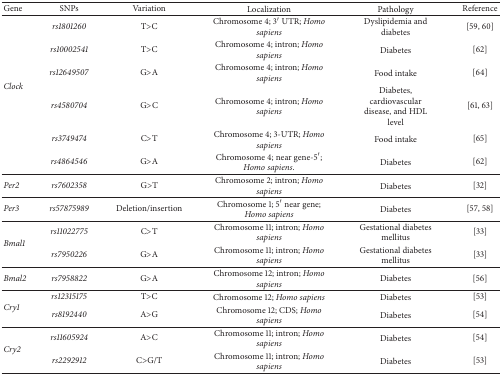
<table><thead><tr><td><b> Gene</b></td><td><b>SNPs</b></td><td><b>Variation</b></td><td><b>Localization</b></td><td><b>Pathology</b></td><td><b>Reference</b></td></tr></thead><tbody><tr><td rowspan="6"><i>Clock</i></td><td><i>rs1801260</i></td><td>T&gt;C</td><td>Chromosome 4; 3′ UTR; <i>Homo sapiens</i></td><td>Dyslipidemia and diabetes</td><td>[59, 60]</td></tr><tr><td><i>rs10002541</i></td><td>T&gt;C</td><td>Chromosome 4; intron; <i>Homo sapiens</i></td><td>Diabetes</td><td>[62]</td></tr><tr><td><i>rs12649507</i></td><td>G&gt;A</td><td>Chromosome 4; intron; <i>Homo sapiens</i></td><td>Food intake</td><td>[64]</td></tr><tr><td><i>rs4580704</i></td><td>G&gt;C</td><td>Chromosome 4; intron; <i>Homo sapiens</i></td><td>Diabetes, cardiovascular disease, and HDL level</td><td>[61, 63]</td></tr><tr><td><i>rs3749474</i></td><td>C&gt;T</td><td>Chromosome 4; 3-UTR; <i>Homo sapiens</i></td><td>Food intake</td><td>[65]</td></tr><tr><td><i>rs4864546</i></td><td>G&gt;A</td><td>Chromosome 4; near gene-5′; <i>Homo sapiens</i>.</td><td>Diabetes</td><td>[62]</td></tr><tr><td><i>Per2</i></td><td><i>rs7602358</i></td><td>G&gt;T</td><td>Chromosome 2; intron; <i>Homo sapiens</i></td><td>Diabetes</td><td> [32]</td></tr><tr><td><i>Per3</i></td><td><i>rs57875989 </i></td><td>Deletion/insertion</td><td>Chromosome 1; 5′ near gene; <i>Homo sapiens</i></td><td>Diabetes</td><td>[57, 58]</td></tr><tr><td rowspan="2"><i>Bmal1</i></td><td><i>rs11022775</i></td><td>C&gt;T</td><td>Chromosome 11; intron; <i>Homo sapiens</i></td><td>Gestational diabetes mellitus</td><td>[33]</td></tr><tr><td><i>rs7950226</i></td><td>G&gt;A</td><td>Chromosome 11; intron; <i>Homo sapiens</i></td><td>Gestational diabetes mellitus</td><td>[33]</td></tr><tr><td><i>Bmal2</i></td><td><i>rs7958822</i></td><td>G&gt;A</td><td>Chromosome 12; intron; <i>Homo sapiens</i></td><td>Diabetes</td><td>[56]</td></tr><tr><td rowspan="2"><i>Cry1</i></td><td><i>rs12315175</i></td><td>T&gt;C</td><td>Chromosome 12; <i>Homo sapiens</i></td><td>Diabetes</td><td>[53]</td></tr><tr><td><i>rs8192440</i></td><td>A&gt;G</td><td>Chromosome 12; CDS; <i>Homo sapiens</i></td><td>Diabetes</td><td>[54]</td></tr><tr><td rowspan="2"><i>Cry2</i></td><td><i>rs11605924</i></td><td>A&gt;C</td><td>Chromosome 11; intron; <i>Homo sapiens</i></td><td>Diabetes</td><td>[54]</td></tr><tr><td><i>rs2292912</i></td><td>C&gt;G/T</td><td>Chromosome 11; intron; <i>Homo sapiens</i></td><td>Diabetes </td><td>[53]</td></tr></tbody></table>